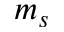
m _ { s }